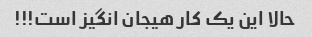
حالا این یک کار هیجان انگیز است!!!